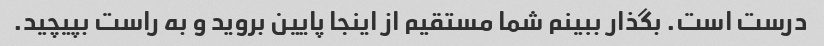
درست است. بگذار ببینم شما مستقیم از اینجا پایین بروید و به راست بپیچید.